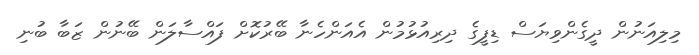
މިލިއަނުން ދީގެންވިޔަސް ޑިފީގެ ދިރިއުޅުމުން އެއަންހެނާ ބޭރުކޮށް ފައްސާލަން ބޭނުން ޒަބާ ބުނި